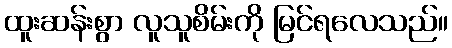
ထူးဆန်းစွာ လူသူစိမ်းကို မြင်ရလေသည်။